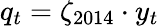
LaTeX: q_{t}=\zeta_{2014}\cdot y_{t}